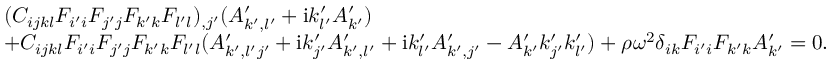
\begin{array} { r l } & { ( C _ { i j k l } F _ { i ^ { \prime } i } F _ { j ^ { \prime } j } F _ { k ^ { \prime } k } F _ { l ^ { \prime } l } ) _ { , j ^ { \prime } } ( A _ { k ^ { \prime } , l ^ { \prime } } ^ { \prime } + \mathrm { i } k _ { l ^ { \prime } } ^ { \prime } A _ { k ^ { \prime } } ^ { \prime } ) } \\ { \ \ \ } & { + C _ { i j k l } F _ { i ^ { \prime } i } F _ { j ^ { \prime } j } F _ { k ^ { \prime } k } F _ { l ^ { \prime } l } ( A _ { k ^ { \prime } , l ^ { \prime } j ^ { \prime } } ^ { \prime } + \mathrm { i } k _ { j ^ { \prime } } ^ { \prime } A _ { k ^ { \prime } , l ^ { \prime } } ^ { \prime } + \mathrm { i } k _ { l ^ { \prime } } ^ { \prime } A _ { k ^ { \prime } , j ^ { \prime } } ^ { \prime } - A _ { k ^ { \prime } } ^ { \prime } k _ { j ^ { \prime } } ^ { \prime } k _ { l ^ { \prime } } ^ { \prime } ) + \rho \omega ^ { 2 } \delta _ { i k } F _ { i ^ { \prime } i } F _ { k ^ { \prime } k } A _ { k ^ { \prime } } ^ { \prime } = 0 . } \end{array}